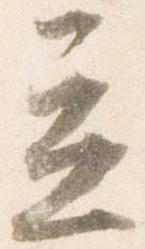
立